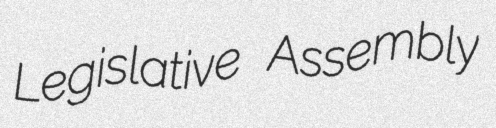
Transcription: Legislative Assembly